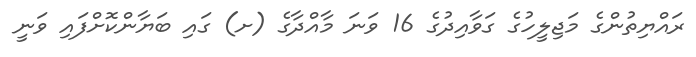
ރައްޔިތުންގެ މަޖިލީހުގެ ގަވާއިދުގެ 16 ވަނަ މާއްދާގެ (ށ) ގައި ބަޔާންކޮށްފައި ވަނީ